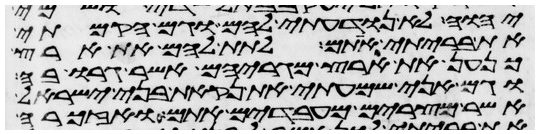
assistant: יהוה לא נודעתי להם וגם הקמתי
את בריתי אתם לתת להם את ארץ
כנען את ארץ מגריהם אשר גרו בה
וגם אני שמעתי את נקאת בני ישראל
אשר מצרים מעבדים אתם ואזכרה